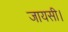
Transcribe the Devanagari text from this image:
जायसी।